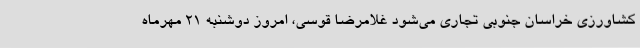
کشاورزی خراسان جنوبی تجاری می‌شود غلامرضا قوسی، امروز دوشنبه 21 مهرماه